Annual report of the Prince of Wales Medical College, Patna
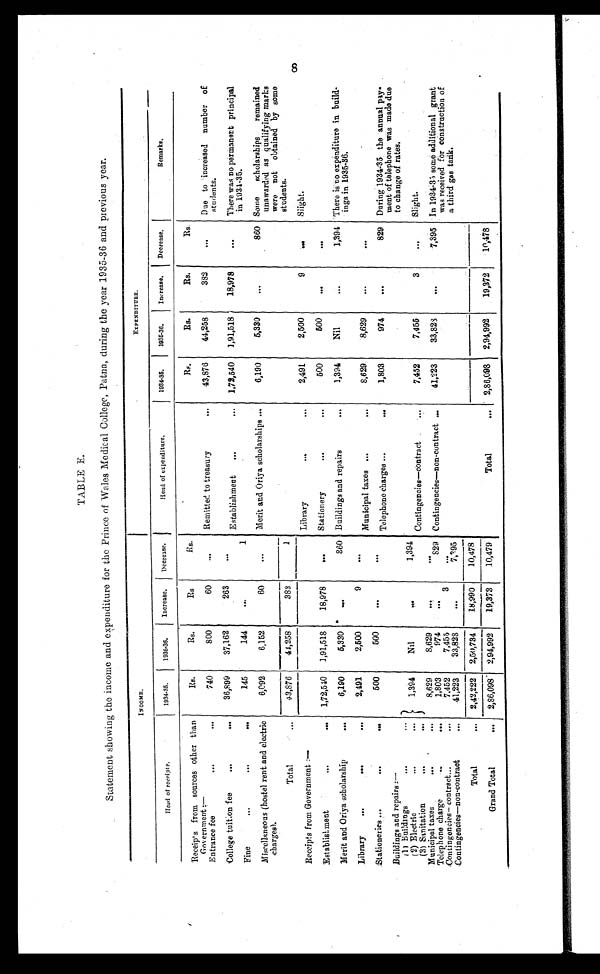
TABLE E.
Statement showing the income and expenditure for the Prince of Wales Medical College, Patna, during the year 1935–36 and previous year.
INCOME.
Head of receipts.
1934–35.
1935–36.
Increase. Decrease.
Head of expenditure.
1934–35.
1935–36.
Increase. Decrease. Remarks.
Receipts from sources other than
Gov e r n m e n t : —
Rs.
Rs.
R s .
Rs.
Rs .
Rs.
Rs.
Rs.
Entrance fee
...
. . .
740
800
60
. . .
Remitted to treasury
. . .
43,876
44,258
382
. . .
Due to increased number of
students.
College tuition fee
. . .
...
36,899
37,162
263
. . .
Establishment
...
...
1,72,540 1,91,518
18,978
. . .
There was no permanent principal
in 1934–35.
Fine
...
...
...
145
144
...
1
Miscellaneous (hostel rent and electric
charges).
6,092
6,152
60
. . .
Merit and Oriya scholarships ...
6,190
5,330
. . .
860 Some scholarships remained
unawarded as qualifying marks
were not obtained by some
students.
Total
...
43,876
44,258
383
1
Receipts from Government:—
Library
. . .
. . .
2,491
2,500
9
...
Slight.
Establishment
...
...
1,72,540
1,91,518
18,978
. . .
Stationery
. . .
...
500
500
...
. . .
Merit and Oriya scholarship
. . .
6,190
5,330
. . .
860 Buildings and repairs
. . .
1 , 3 9 4
Nil
. . .
1,394 There is no expenditure in build-
ings in 1935–36.
Library
...
...
...
2,491
2,500
9
. . .
Municipal taxes ...
. . .
8,629
8,629
. . .
. . .
Stationeries ...
...
. . .
500
500
. . .
. . .
Telephone charges ...
...
1,803
974
. . .
829 During 1934–35 the annual pay-
ment of telephone was made due
to change of rates.
Buildings and repairs:—
(1) Buildings
...
. . .
1,394
Nil
...
1,394
(2) Electric
...
. . .
(3) Sanitation
...
. . .
Contingencies—contract
. . .
7,452
7,455
3
. . .
Slight.
Municipal taxes
. . .
. . .
8,629
8,629
...
. . .
Telephone charge
...
...
1,803
974
. . .
829 Contingencies—non -contract
. . .
41,223
33,828
. . .
7,395 In 1934–35 some additional grant
was received for construction of
a third gas tank.
Contingencies—contract ...
. . .
7,452
7,455
3
. . .
Contingencies—non-contract
. . .
41,223
33,828
. . .
7 , 3 9 5
Total
...
2,42,222
2,50,734
18,990
10,478
Grand Total
...
2,86,098
2,94,992
19,373
10,479
Total
...
2,86,098
2,94,992
19,372
10,478
8